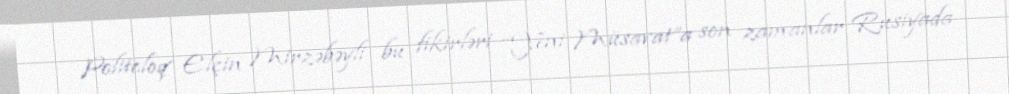
Politoloq Elçin Mirzəbəyli bu fikirləri “Yeni Müsavat”a son zamanlar Rusiyada